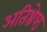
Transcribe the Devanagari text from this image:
अतिश्रेष्‍ठ